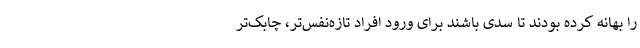
را بهانه کرده بودند تا سدی باشند برای ورود افراد تازه‌نفس‌تر، چابک‌تر